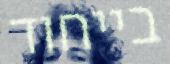
בייחוד